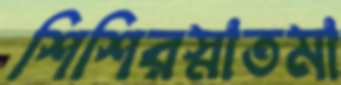
শিশিরস্নাতমা